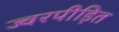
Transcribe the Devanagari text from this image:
ज्वरपीड़ित